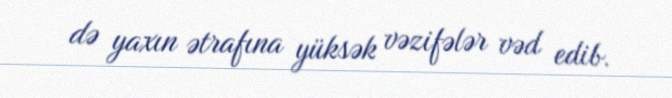
də yaxın ətrafına yüksək vəzifələr vəd edib.